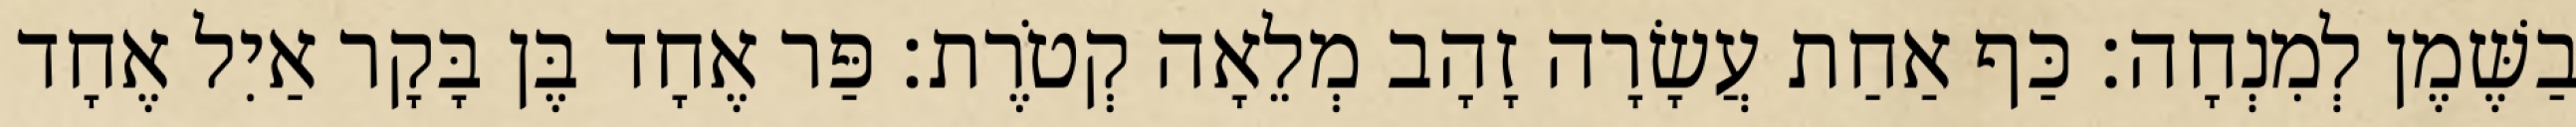
בַשֶּׁמֶן לְמִנְחָה׃ כַּף אַחַת עֲשָׂרָה זָהָב מְלֵאָה קְטֹרֶת׃ פַּר אֶחָד בֶּן בָּקָר אַיִל אֶחָד